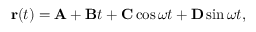
{ \bf r } ( t ) = { \bf A } + { \bf B } t + { \bf C } \cos \omega t + { \bf D } \sin \omega t ,